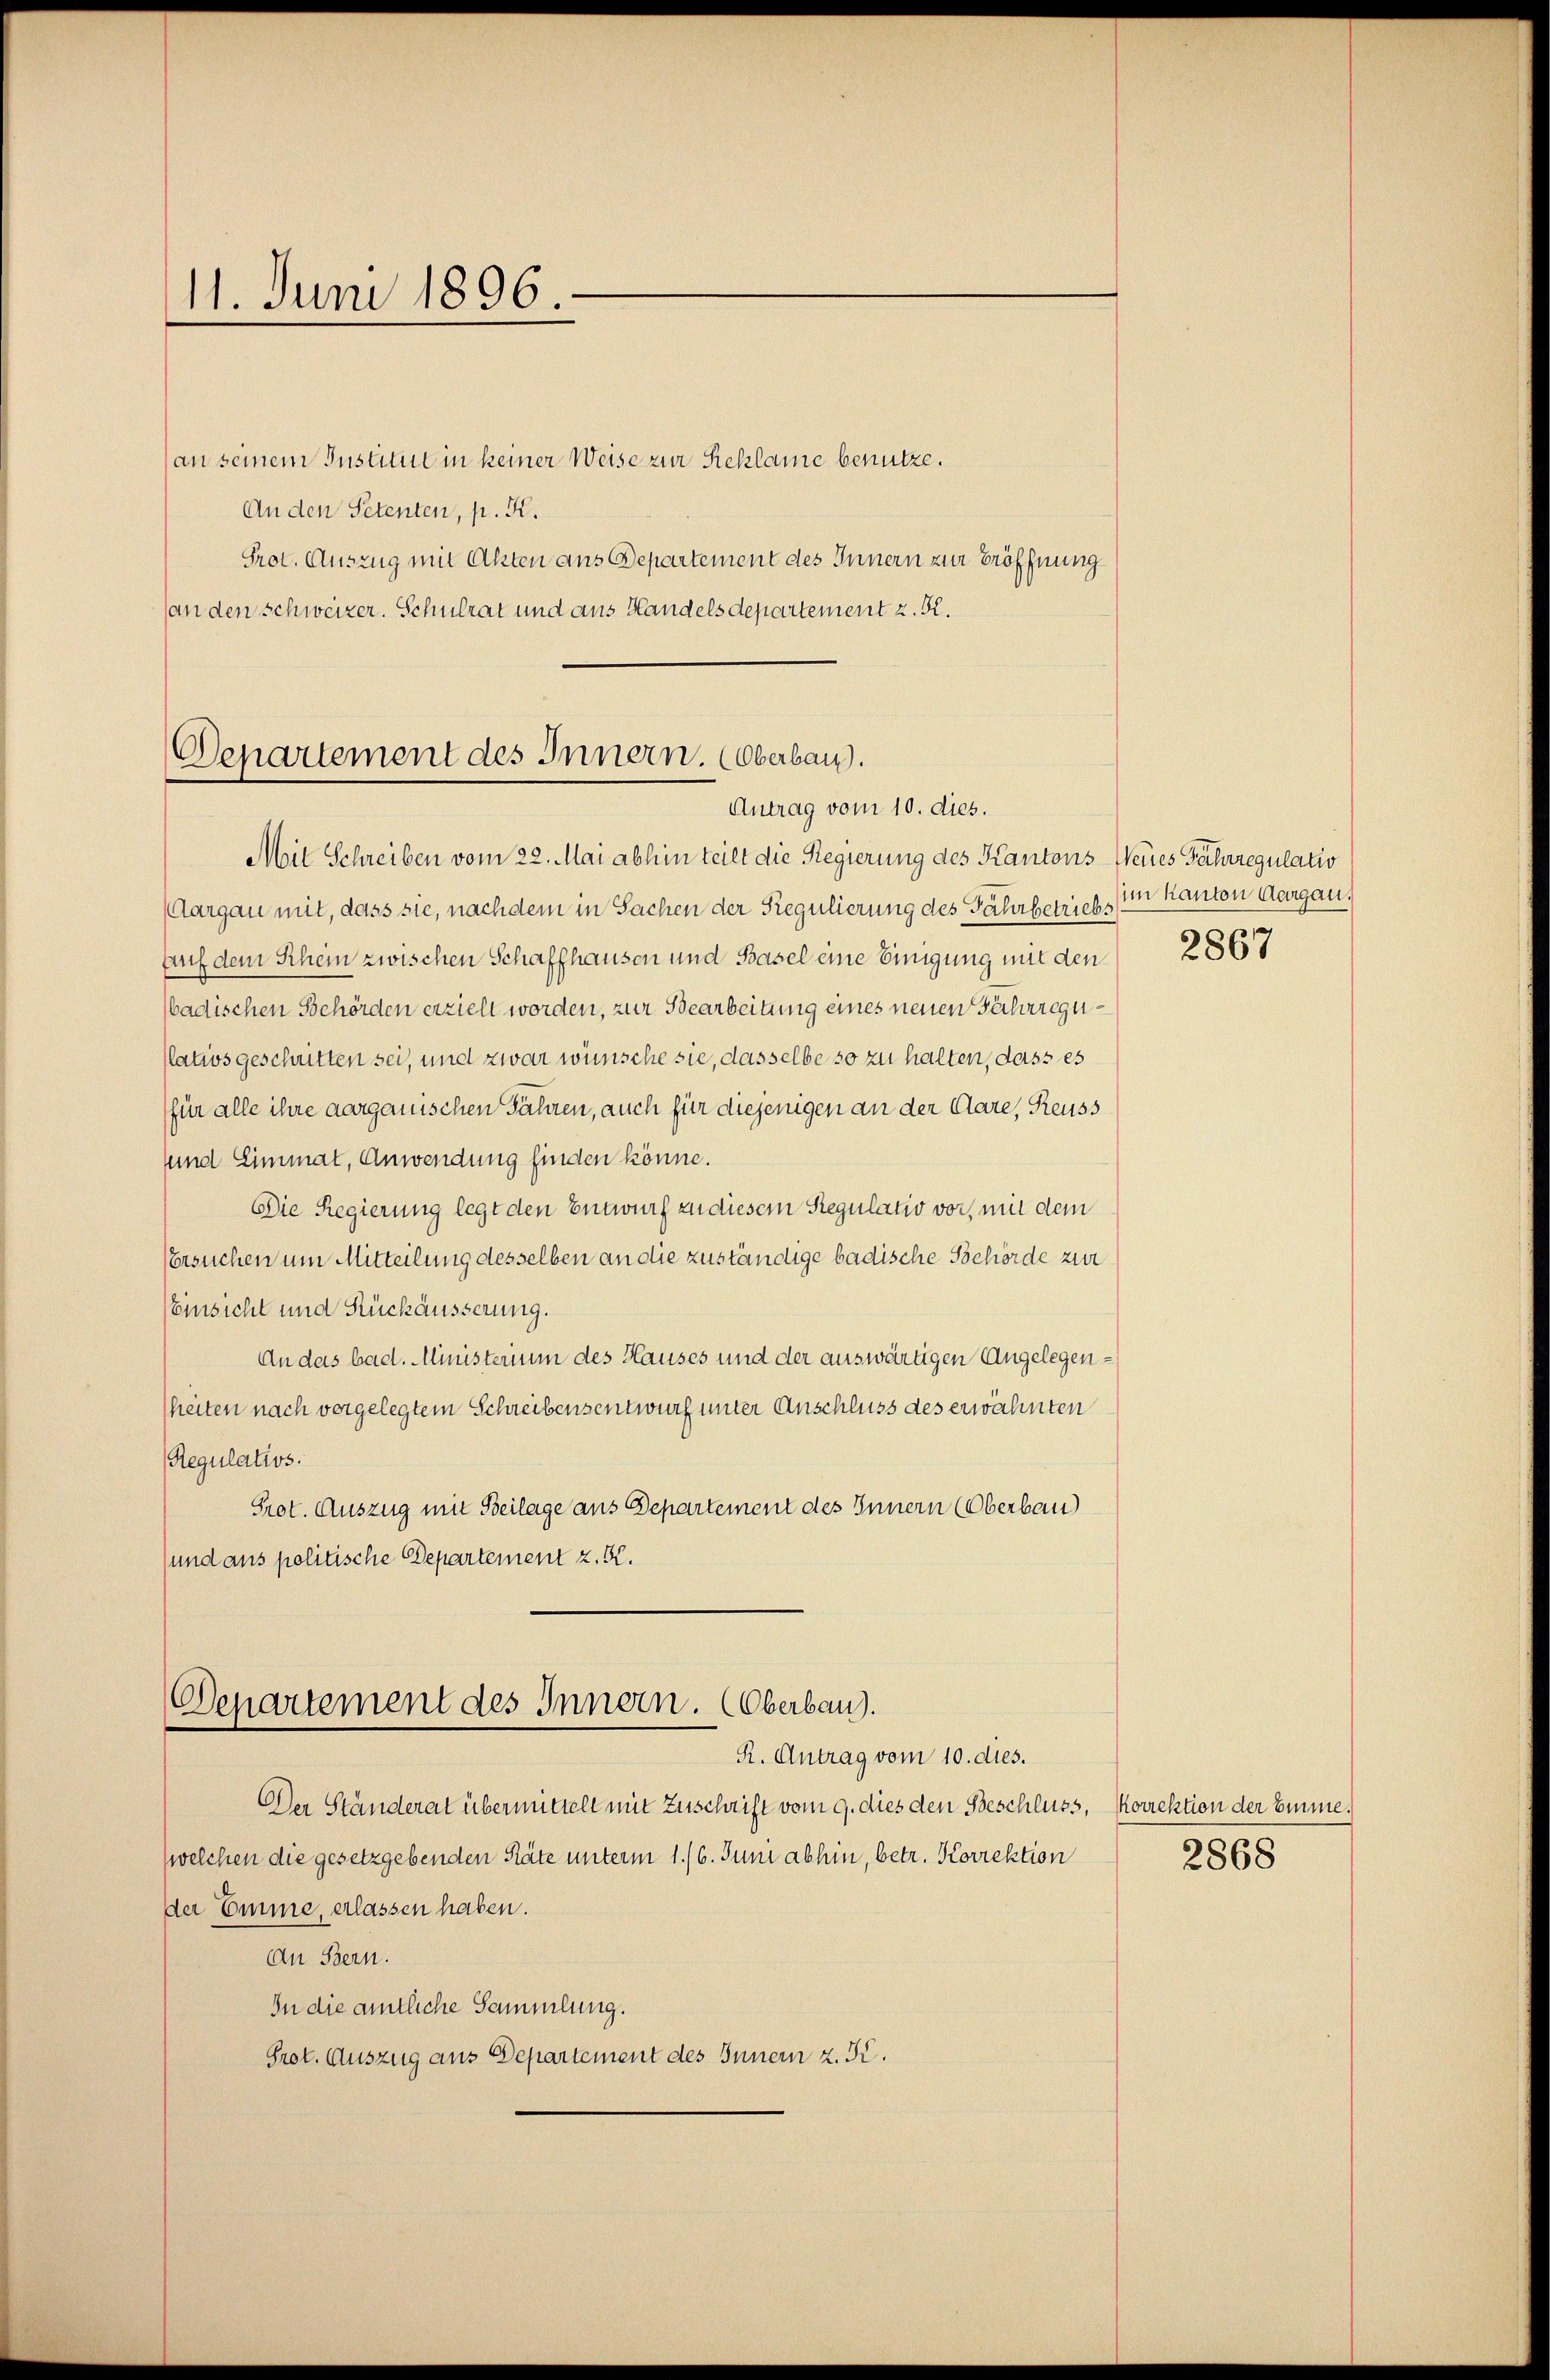
11. Juni 1896.

an seinem Institue in keiner Weise zur Reklame benütze.
An den Petenten, p. K.
Prot. Auszug mit Akten aus Departement des Innern zur Eröffnung
(an den Schweizer. Schulrat und aus Handels departement z. R.

Denartement des Innern. Oberbau.
Antrag vom 10. dies.

Mit Schreiben vom 22. Mai abhin teilt die Regierung des Kantons Neues Fahrregulatio
(Aargau mit, dass sie, nachdem in Sachen der Regulierung des Fahrbetrieb¬
Auf dem Schein zwischen Schaffhausen und Basel eine Einigung mit den
badischen Behörden erzielt worden, zur Bearbeitung eines neuen Fährregu¬
(latios geschritten sei, und zwar wünsche sie, dasselbe so zu halten, dass es
für alle ihre aargauischen Fähren, auch für diejenigen an der Clare, Reuss
uund Limmat, Anwendung finden könne.
Die Regierung legt den Entwurf zu diesem Regulativ vor, mit dem
Versuchen um Mitteilung desselben an die zuständige badische Behörde zur
Einsicht und Rückäusserung.
An das bad. Ministerium des Hauses und der auswärtigen Angelegenheiten nach vergelegtem Schreibensentwurf unter Anschluss des erwähnten
Regulativs.
Prot. Auszug mit Beilage aus Departement des Innern (Oberbau
und aus politische Departement z. K.

Departement des Innern. (Oberbau).
R. Antrag vom 10. dies.

Der Ständerat übermittelt mit Zuschrift vom 9. dies den Beschluss,
welchen die gesetzgebenden Räte unterm 1./6. Juni abhin, betr. Korrektion
der Emme, erlassen haben.
An Bern.
In die amtliche Sammlung.
Prot. Auszug aus Departement des Innern z. Kr.

im Kanton Aargau.
2867

Korrektion der Emme.
2868